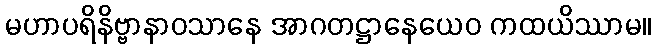
မဟာပရိနိဗ္ဗာနာဝသာနေ အာဂတဋ္ဌာနေယေဝ ကထယိဿာမ။